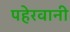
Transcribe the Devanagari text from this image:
पहेरवानी